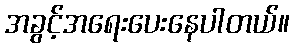
အခွင့်အရေးပေးနေပါတယ်။